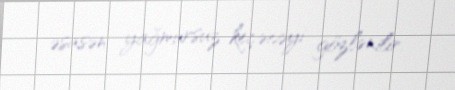
əsasən yağmursuz keçəcəyi gözlənilir.